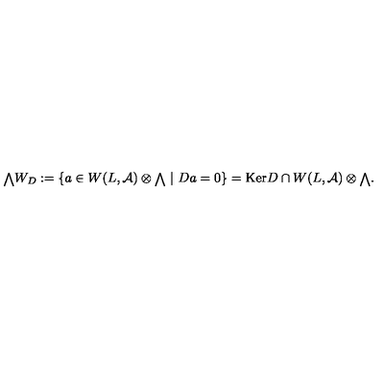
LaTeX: { { \scriptstyle \bigwedge } } W _ { D } : = \{ a \in W ( L , { \cal A } ) \otimes { \scriptstyle \bigwedge } \ | \ D a = 0 \} = \mathrm { K e r } D \cap W ( L , { \cal A } ) \otimes { \scriptstyle \bigwedge } .